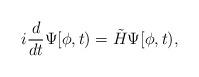
LaTeX: \begin{align*}i\frac{d}{dt}\Psi[\phi,t)=\tilde{H}\Psi[\phi,t) ,\end{align*}